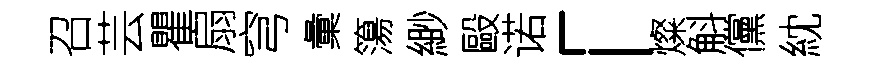
召芸瞿扇穹彙簜緲毆诺「燦斛儻紞